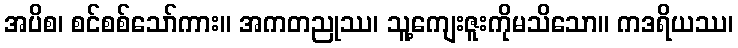
အပိစ၊ စင်စစ်သော်ကား။ အကတညုဿ၊ သူ့ကျေးဇူးကိုမသိသော။ ကဒရိယဿ၊